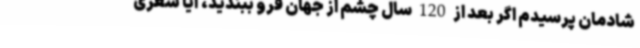
شادمان پرسیدم اگر بعد از 120 سال چشم از جهان فرو ببندید، آیا شعری